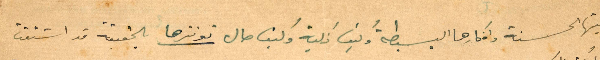
ونيتها الحسنة وافكارها البسيطة وكيف زكية وكيف حال توترها بالحقيقة قد اشتقت